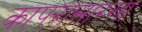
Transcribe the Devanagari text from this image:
कापरासारखा